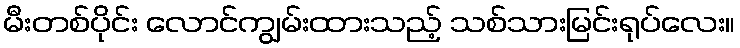
မီးတစ်ပိုင်း လောင်ကျွမ်းထားသည့် သစ်သားမြင်းရုပ်လေး။